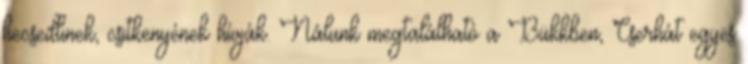
hecsedlinek, csitkenyének hívják. Nálunk megtalálható a Bükkben, Cserhát egyes